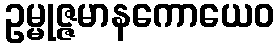
ဥမ္မုဇ္ဇမာနကောယေဝ